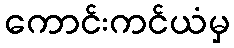
ကောင်းကင်ယံမှ